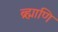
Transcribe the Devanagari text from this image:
ब्र्ह्माणि